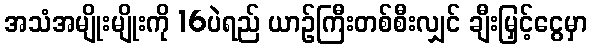
အသံအမျိုးမျိုးကို 16ပဲရည် ယာဉ်ကြီးတစ်စီးလျှင် ချီးမြှင့်ငွေမှာ